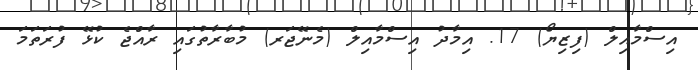
އިސްމާއިލް (ފިޒިޔޯ) 17. އިމާދު އިސްމާއިލް (މެނޭޖަރ) މުބާރާތުގައި ރާއްޖެ ކުޅޭ ފުރަތަމަ